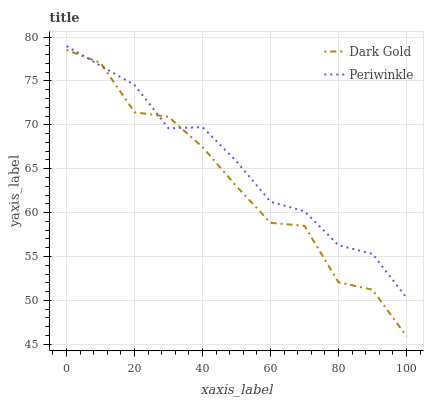
| xaxis_label | Dark Gold | Periwinkle |
 | --- | --- | --- |
 | 0 | 78.5 | 79 |
 | 10 | 77.1 | 76.7 |
 | 20 | 71.4 | 74.5 |
 | 30 | 70.9 | 69.6 |
 | 40 | 67.5 | 69.7 |
 | 50 | 63 | 65.8 |
 | 60 | 58.8 | 61.2 |
 | 70 | 58.5 | 60.1 |
 | 80 | 52.1 | 56.3 |
 | 90 | 51.2 | 55.3 |
 | 100 | 45.9 | 50.3 |